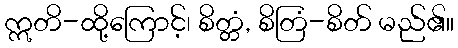
ဣတိ-ထို့ကြောင့်၊ စိတ္တံ, စိတြံ-စိတ် မည်၏။